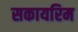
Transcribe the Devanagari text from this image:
सकायरिम